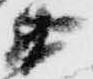
衛